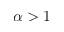
\alpha > 1